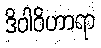
ဒိဝါဝိဟာရာ